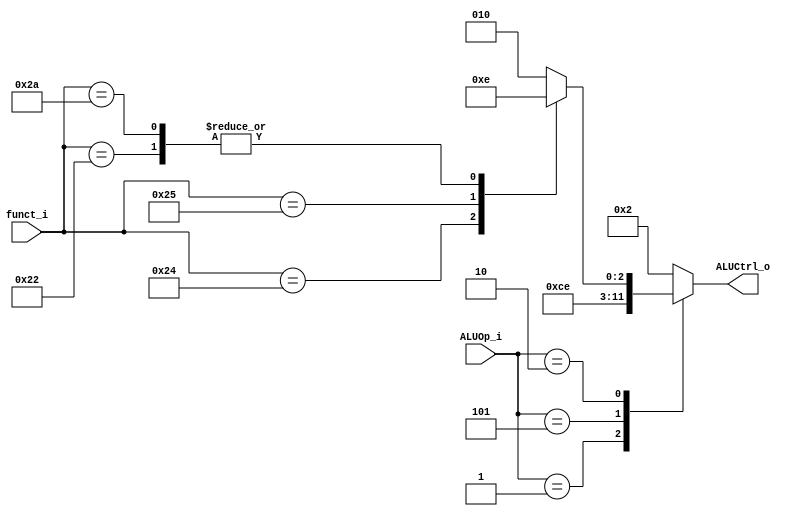
//Subject:     CO project 2 - ALU Controller
//--------------------------------------------------------------------------------
//Version:     1
//--------------------------------------------------------------------------------
//Writer:      
//----------------------------------------------
//Date:        
//----------------------------------------------
//Description: 
//--------------------------------------------------------------------------------

module ALU_Ctrl(
          funct_i,
          ALUOp_i,
          ALUCtrl_o
          );
          
//I/O ports 
input      [6-1:0] funct_i;
input      [3-1:0] ALUOp_i;

output     [4-1:0] ALUCtrl_o;   
     
//Internal Signals
reg        [4-1:0] ALUCtrl_o;
reg        [4-1:0] aluFunct;

//Parameter

parameter EXE_ADD = 4'b0010;
parameter EXE_SUB = 4'b0110;
parameter EXE_AND = 4'b0000;
parameter EXE_OR  = 4'b0001;
parameter EXE_NOR = 4'b1010;
parameter EXE_SLT = 4'b0111;

parameter add  = 6'h20;
parameter sub  = 6'h22;
parameter _and = 6'h24;
parameter _or  = 6'h25;
parameter slt  = 6'h2a;
parameter jr   = 6'h08;
       
//Select exact operation
always @(*)
		case (funct_i)
			6'b10_0000: aluFunct <= EXE_ADD;
			6'b10_0010: aluFunct <= EXE_SUB;
			6'b10_0100: aluFunct <= EXE_AND;
			6'b10_0101: aluFunct <= EXE_OR;
			6'b10_1010: aluFunct <= EXE_SUB;
			default: aluFunct <= EXE_ADD;
		endcase


always @(*)
		case (ALUOp_i[2:0])
			3'b000: ALUCtrl_o <= EXE_ADD;
			3'b001: ALUCtrl_o <= EXE_SUB;
			3'b101: ALUCtrl_o <= EXE_SLT;
			3'b010: ALUCtrl_o <= aluFunct;
			default: ALUCtrl_o <= EXE_ADD;
		endcase

endmodule